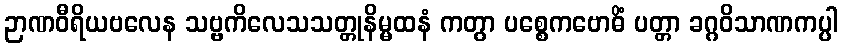
ဉာဏဝီရိယဗလေန သဗ္ဗကိလေသသတ္တုနိမ္မထနံ ကတွာ ပစ္စေကဗောဓိံ ပတ္တာ ခဂ္ဂဝိသာဏကပ္ပါ